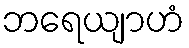
ဘရေယျာဟံ